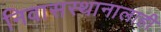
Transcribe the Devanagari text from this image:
निवासस्थानालाही